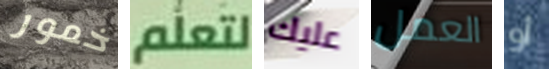
خمور لتعلم عليك العمل أو